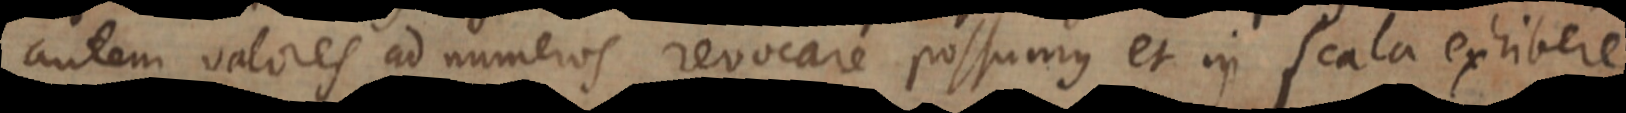
autem valores ad numeros revocare possumus et in scala exhibere